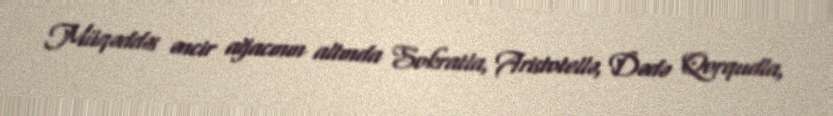
Müqəddəs əncir ağacının altında Sokratla, Aristotellə, Dədə Qorqudla,